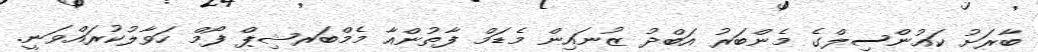
ބާރަށު ކައުންސިލްގެ މެންބަރު އަބްދު ޒުނައިން މެޑަމް ފާތުންއާ މެމްބަރޝިޕް ފޯމް ހަވާލުކުރައްވަނީ.